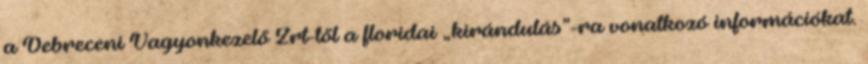
a Debreceni Vagyonkezelő Zrt-től a floridai „kirándulás”-ra vonatkozó információkat.